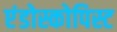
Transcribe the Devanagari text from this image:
एंडोस्कोपिस्ट